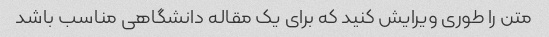
متن را طوری ویرایش کنید که برای یک مقاله دانشگاهی مناسب باشد